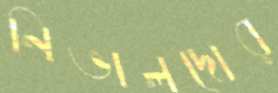
নিভালদোর